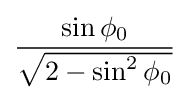
{\frac {\sin \phi _{0}}{\sqrt {2-\sin ^{2}\phi _{0}}}}